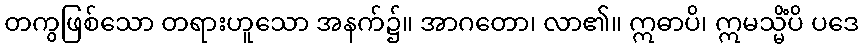
တကွဖြစ်သော တရားဟူသော အနက်၌။ အာဂတော၊ လာ၏။ ဣဓာပိ၊ ဣမသ္မိံပိ ပဒေ